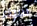
سواء